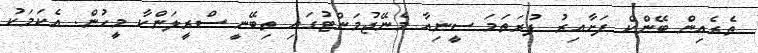
ތެރެއިން ބޭންކް ފަށާއިރު ފުރަތަމަ ސީނިއާ މެނޭޖުމަންޓުގައި ތިބޭނީ ސްރީލަންކާ މީހުން. އެކަމަކު